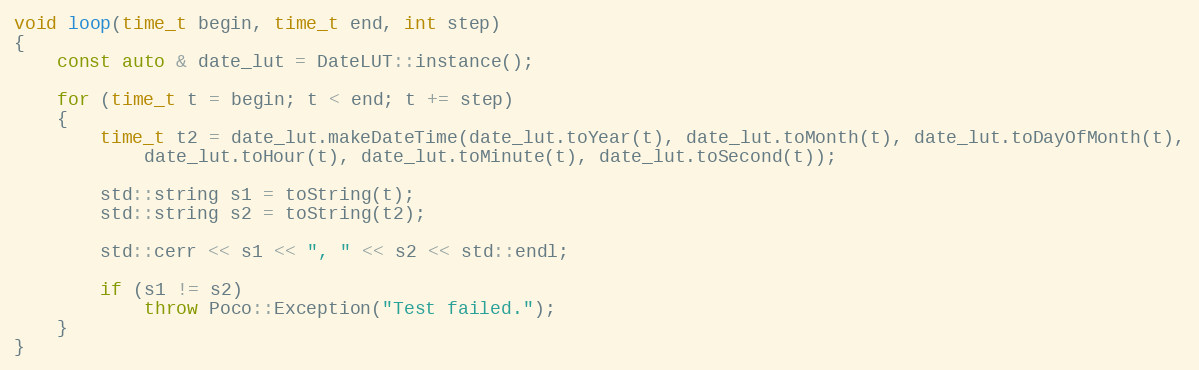
Language: C++
void loop(time_t begin, time_t end, int step)
{
    const auto & date_lut = DateLUT::instance();

    for (time_t t = begin; t < end; t += step)
    {
        time_t t2 = date_lut.makeDateTime(date_lut.toYear(t), date_lut.toMonth(t), date_lut.toDayOfMonth(t),
            date_lut.toHour(t), date_lut.toMinute(t), date_lut.toSecond(t));

        std::string s1 = toString(t);
        std::string s2 = toString(t2);

        std::cerr << s1 << ", " << s2 << std::endl;

        if (s1 != s2)
            throw Poco::Exception("Test failed.");
    }
}